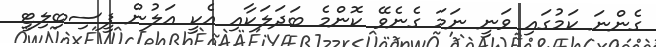
ގެންނަ ކަމުގައި ވަނީ ނަމަ ގެނެވޭ ކޮންމެ ބަދަލަކާއި އެކީ އަލުން ފީސިބިލިޓީ